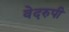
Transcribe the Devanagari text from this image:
वेदरुपी